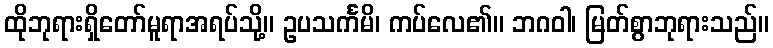
ထိုဘုရားရှိတော်မူရာအရပ်သို့။ ဥပသင်္ကမိ၊ ကပ်လေ၏။ ဘဂဝါ၊ မြတ်စွာဘုရားသည်။